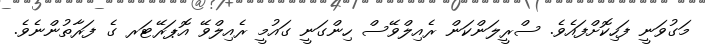
މަގުވަނީ ފަހިކޮށްފައެވެ. ސްރީލަންކަން ރެއިލްވޭސް ހިންގަނީ ގައުމީ ރެއިލްވޭ އޮޕަރޭޓަރ ގެ ފަރާތުންނެވެ.